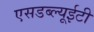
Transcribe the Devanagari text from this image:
एसडब्ल्यूईटी